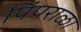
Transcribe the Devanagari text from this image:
पिंपराळा